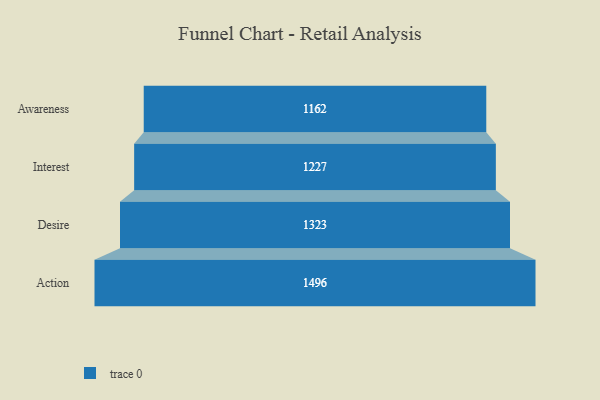
{"axis": {"x": "Stage", "y": "Value"}, "legend": [""], "data": [{"x": "Awareness", "y": 1162.0, "type": ""}, {"x": "Interest", "y": 1227.0, "type": ""}, {"x": "Desire", "y": 1323.0, "type": ""}, {"x": "Action", "y": 1496.0, "type": ""}]}